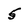
Character: 5